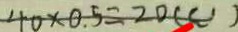
4 0 \times 0 . 5 = 2 0 ( C )